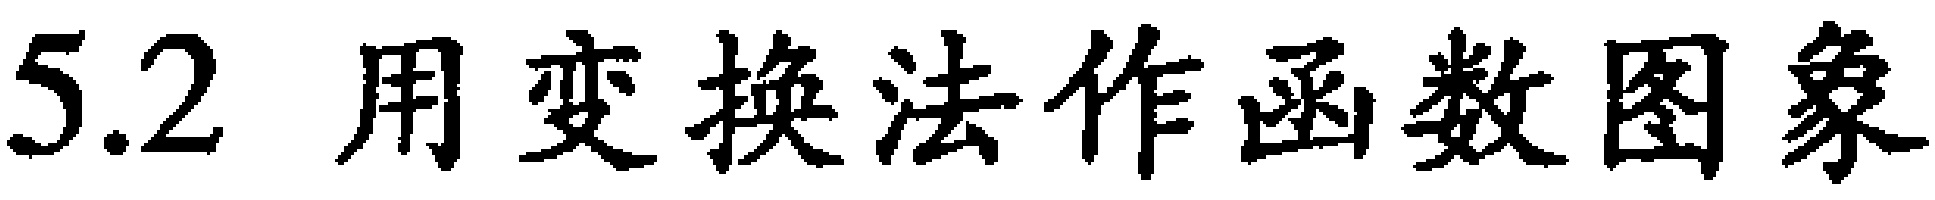
5.2 用变换法作函数图象